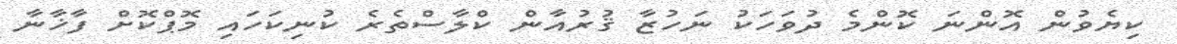
ކިޔެވުން އޮންނަ ކޮންމެ ދުވަހަކު ނަހުޒާ ޤުރުއާން ކްލާސްތެރެ ކުނިކަހައި މޮޕްކޮށް ފާޚާނާ